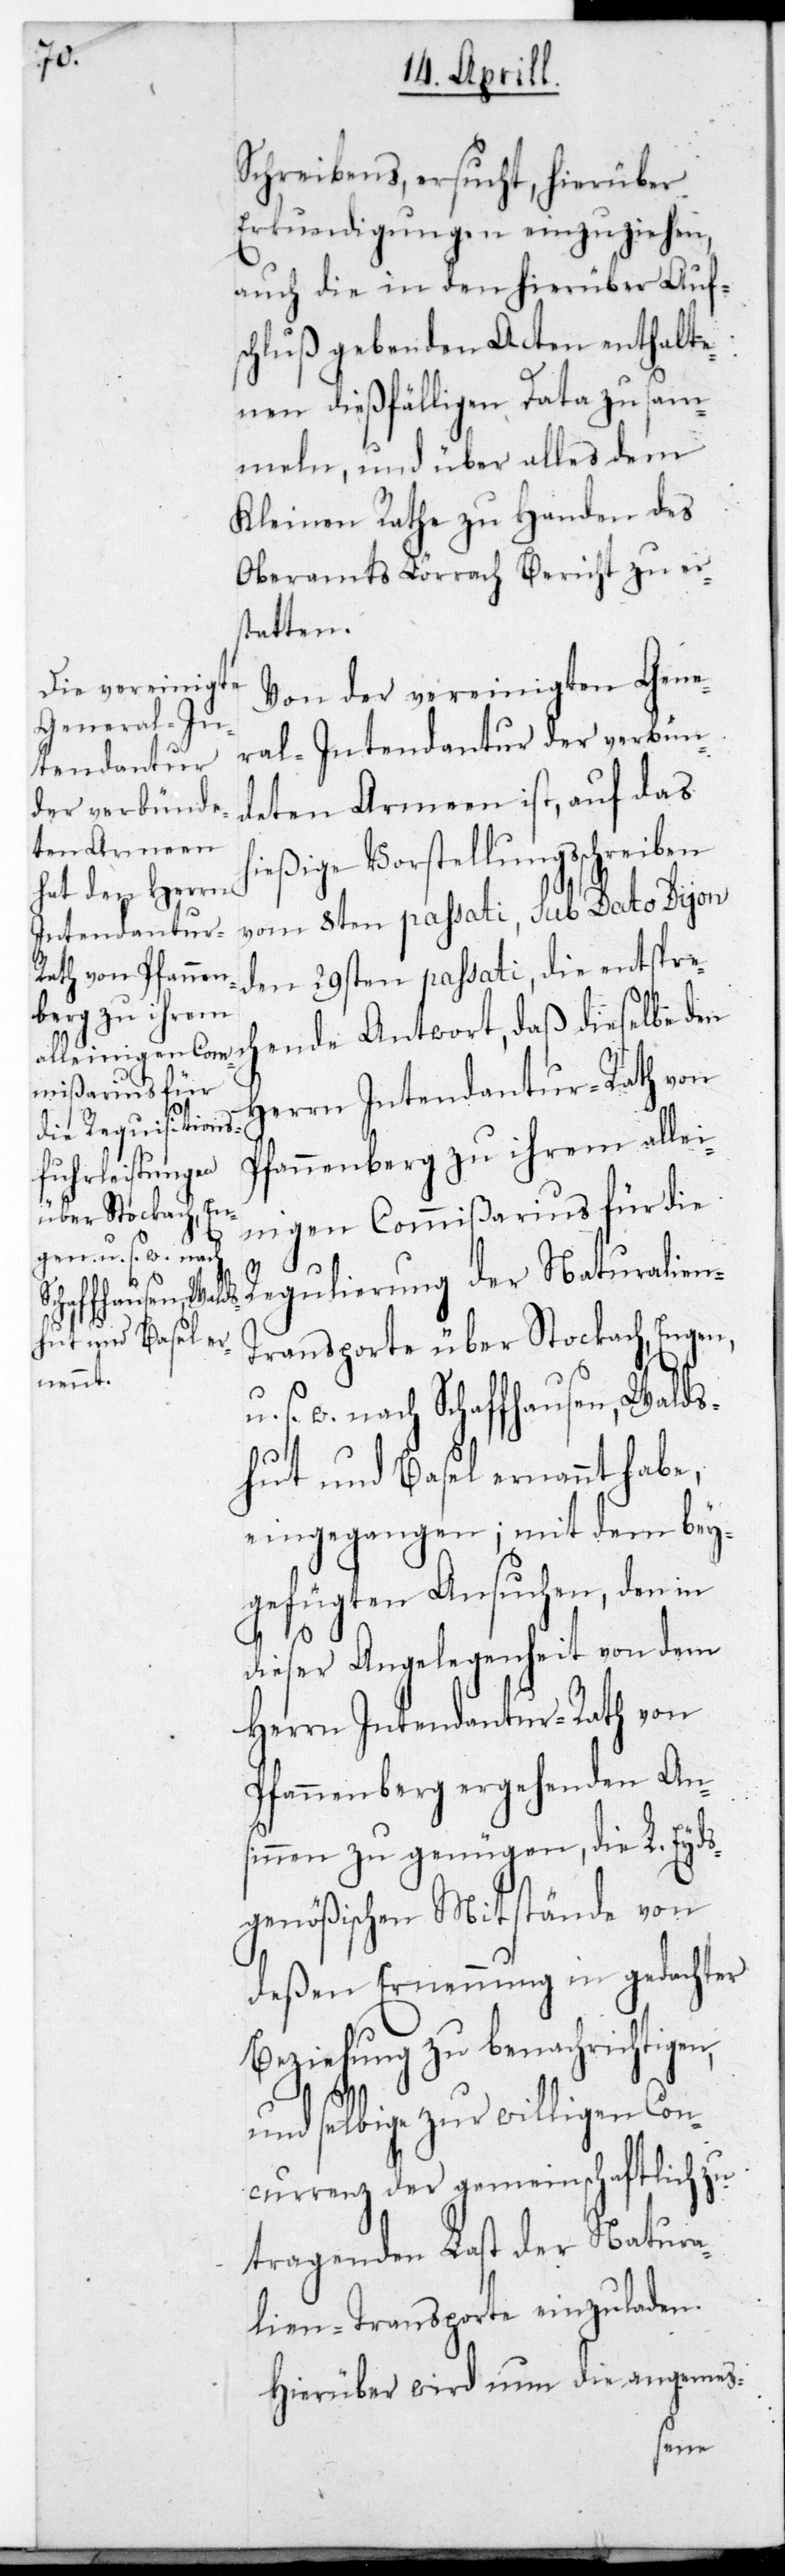
Schreibens ersucht, hierüber
Erkundigungen einzuziehen,
auch die in den hierüber Aufs¬
chluß gebenden Acten enthalte¬
nen dießfälligen Data zu sam¬
meln, und über alles dem
Kleinen Rathe zu Handen des
Oberamts Lörrach Bericht zu er¬
statten.
Von der vereinigten Gene¬
ral-Intendantur der verbün¬
deten Armeen ist, auf das
ießige Vorstellungsschreiben
vom 8ten passati, sub dato Dijon
den 29sten passati, die entsprec¬
hende Antwort, daß dieselbe den
Herrn Intendantur-Rath von
Pfannenberg zu ihrem allei¬
nigen Commißarius für die
Regulierung der Naturalie¬
ransporte über Stockach, Engen
u. s. w. nach Schaffhausen, Walds¬
hut und Basel ernannt habe,
eingegangen; mit dem bey¬
gefügten Ansuchen, den in
n-T¬
dieser Angelegenheit von dem
Herrn Intendantur-Rath von
Pfannenberg ergehenden An¬
sinnen zu genügen, die L. Eyds¬
genößischen Mitstände von
deßen Ernennung in gedachter
Beziehung zu benachrichtigen,
und selbige zu willigen Con¬
currenz der gemeinschaftlich zu
tragenden Last der Natura¬
lien-Transporte einzuladen.
Hierüber wird nun die angemes-